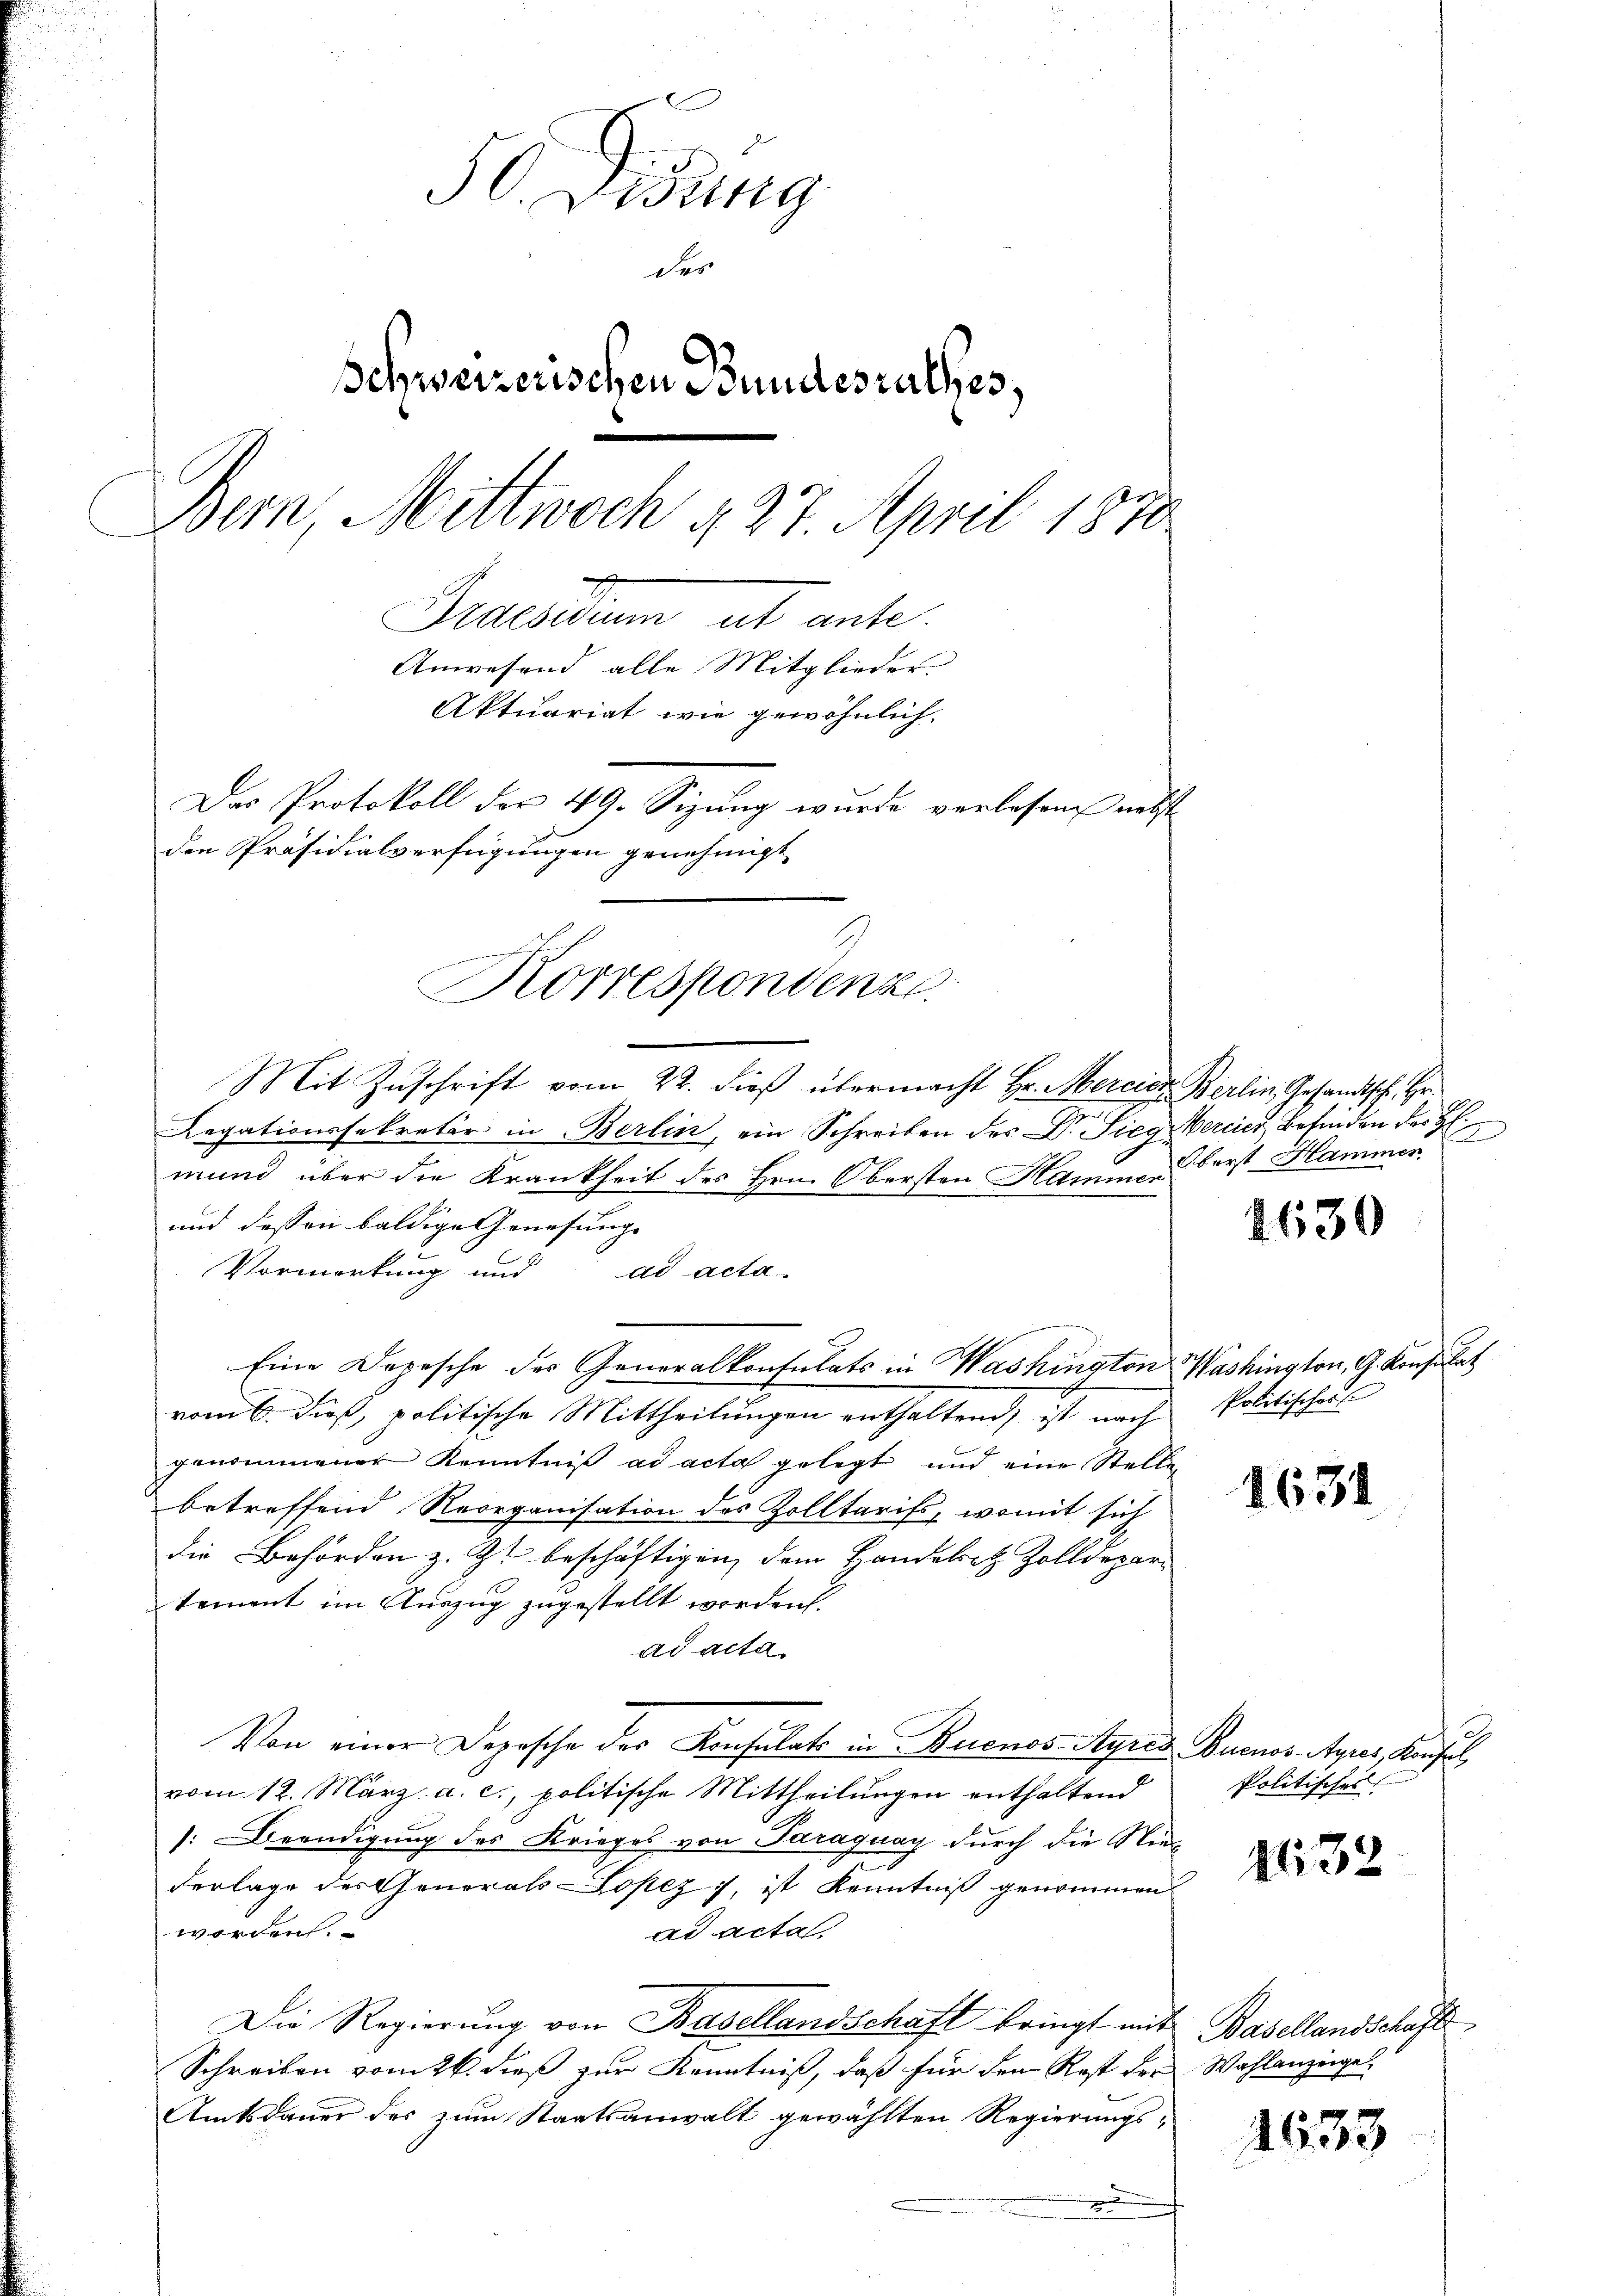
50. Disung
der
Behweizerischen Bundesrathes,
Bern, Mittwoch 4 27. April 1870
7.
Ordesidium et ante.
Anwesend alle Mitglieder
Aktuariat wie gewöhnlich.
Das Protokoll der 49. Sizung wurde verlesene nebst
den Präsidialverfügungen genehmigt

Korrespondenz.

Mit Zuschrift vom 22. dieß übermacht Hr. Mercier Berlin, Gesandtsch, Hr.
Legationssekretär in Berlin, ein Schreiben des Dr. Sieg Mercier Befinden des H
mund über die Krankheit des Hrn. Obersten Hammen
und dessen baldige Genesungs
Vormerkung und ad acta.
Eine Depesche der Generalkonsulats in Washington Washington, G. Konsulat
vom 6. dieß, politische Mittheilungen enthaltend, ist nach
genommener Kenntniß ad acta gelegt und eine Stellen
betreffend Reorganisation des Zolltarifs, womit sich
die Behörden z. Zt. beschäftigen, dem Handelsitz Zolldepar-
tement im Auszug zugestellt worden.
ad acta
Von einer Depesche der Konsulats in Buenos-Ayres Buenos Ayrer, Konsul
vom 12. März a. c., politische Mittheilungen enthaltend
: Beendigung des Krieges von Paraguay durch die Niederlage der Generals Lopez), ist Kenntniß genommen
worden.
ad acta
Die Regierung von Basellandschaft bringt mit Basellandschaft
Schreiben vom 26. dieß zur Kenntniß, daß für den Rest der Wahlanzeigel
Amtsdauer des zum Staatsanwalt gewählten Regierungs-
.

2
Oberst Hammer

4630

Politischens

1631

Politisches

N 32

1633